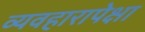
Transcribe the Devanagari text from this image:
व्यवहारापेक्षा